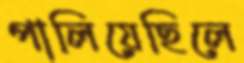
পালিয়েছিলে